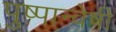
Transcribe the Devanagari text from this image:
पुष्पान्वेषी